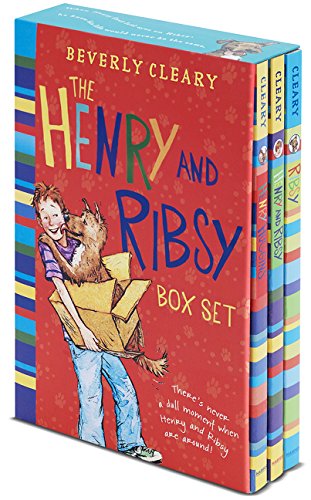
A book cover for The Henry and Ribsy Box Set: Henry Huggins, Henry and Ribsy, Ribsy; Beverly Cleary; Children's Books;